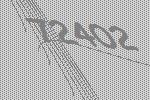
72402